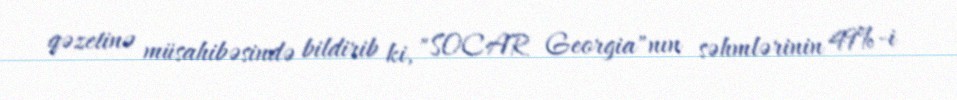
qəzetinə müsahibəsində bildirib ki, "SOCAR Georgia"nın səhmlərinin 49%-i